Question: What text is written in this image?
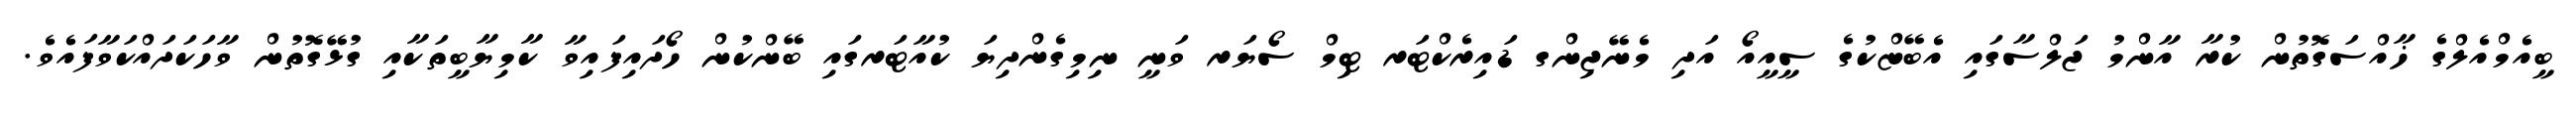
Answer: ބީއެމްއެލްގެ ޚާއްސަގޮތުން ކުރާ އާންމު ޖަލްސާގައި އެބޭޏްކުގެ ސީއީއޯ އަދި މެނޭޖިންގ ޑައިރެކްޓަރ ޓިމް ސޯޔަރ ވަނީ ނިމިގެންދިޔަ ކުއާޓަރގައި ބޭންކުން ހޯދައިފައިވާ ކާމިޔާބީތަކާއި ގުޅޭގޮތުން ވާހަކަދައްކަވާފައެވެ.